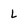
Character: L